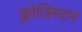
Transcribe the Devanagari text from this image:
फ्लोजिस्टन